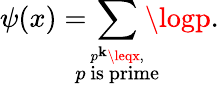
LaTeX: \psi(x)=\! \! \! \! \sum_{\stackrel{p^{\mathbf{k}}\leqx,}{p{\mathrm{{~is~prime}}}}}\! \! \! \! \logp.